Annual report on the working of the mental hospitals in the Madras Presidency - 1912-1932
Year: 1912
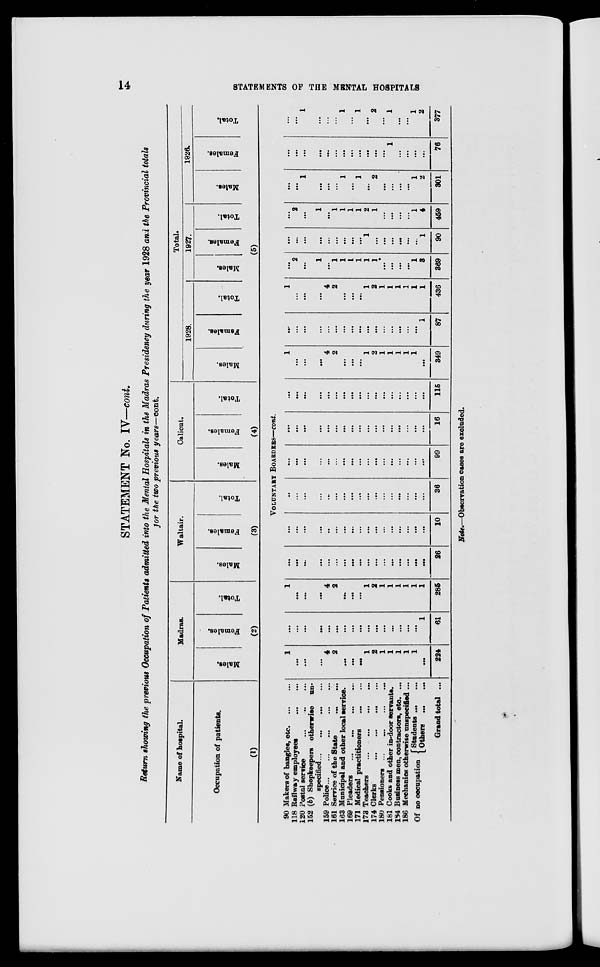
14
STATEMENTS OF THE MENTAL HOSPITALS
STATEMENT No. IV—cont.
Return showing the previous Occupation of Patients admitted into the Mental Hospitals in the Madras Presidency during the year 1928 and the Provincial totals
for the two previous years—cont.
Name of
hospital.
Occupation of patients.
(1)
Madras.
Males.
Females.
Total.
(2)
Waltair.
Males.
Females.
Total.
(3)
Calicut.
Males.
Females.
Total.
(4)
Total.
1928.
Males.
Females.
Total.
1927.
Males.
Females.
Total.
1926.
Males.
Females.
Total.
(5)
VOLUNTARY BOARDERS—cont.
90 Makers of bangles, etc. ... ...
118 Railway
employees
...
...
120 Postal service
...
...
...
...
152 (b) Shopkeepers otherwise un¬
specified ... ... ...
159
Police...
...
...
...
161 Service of the State
...
...
163 Municipal and other local service.
169 Pleaders
...
...
...
...
171 Medical practitioners... ...
173 Teachers
...
...
...
...
174 Clerks
...
...
...
...
180 Pensioners
...
...
...
...
181 Cooks and other in-door servants.
184 Business men, contractors, etc. ...
186 Mechanics otherwise unspecified ...
Of no occupation
Students ... ...
Others ... ...
Grand total ...
1
...
...
...
4
2
...
...
...
1
2
1
1
1
1
1
...
224
...
...
...
...
...
...
...
...
...
...
...
...
...
...
...
...
1
61
1
...
...
...
4
2
...
...
...
1
2
1
1
1
1
1
1
285
...
...
...
...
...
...
...
...
...
...
...
...
...
...
...
...
...
26
...
...
...
...
...
...
...
...
...
...
...
...
...
...
...
...
...
10
...
...
...
...
...
...
...
...
...
...
...
...
...
...
...
...
...
36
...
...
...
...
...
...
...
...
...
...
...
...
...
...
...
...
...
99
...
...
...
...
...
...
...
...
...
...
...
...
...
...
...
...
...
16
...
...
...
...
...
...
...
...
...
...
...
...
...
...
...
...
...
115
1
...
...
...
4
2
...
...
...
1
2
1
1
1
1
1
...
349
...
...
...
...
...
...
...
...
...
...
...
...
...
...
...
...
1
87
1
...
...
...
4
2
...
...
...
1
2
1
1
1
1
1
1
436
...
2
...
1
...
1
1
1
1
1
1
...
...
...
...
1
3
369
...
...
...
...
...
...
...
...
...
1
...
...
...
...
...
...
1
90
...
2
...
1
...
1
1
1
1
2
1
...
...
...
...
1
4
459
...
...
1
...
...
...
1
...
1
...
2
...
...
...
...
1
2
301
...
...
...
...
...
...
...
...
...
...
...
...
1
...
...
...
...
76
...
...
1
...
...
...
1
...
1
...
2
...
1
...
...
1
2
377
Note.—Observation cases are excluded.